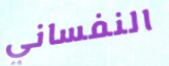
النفساني